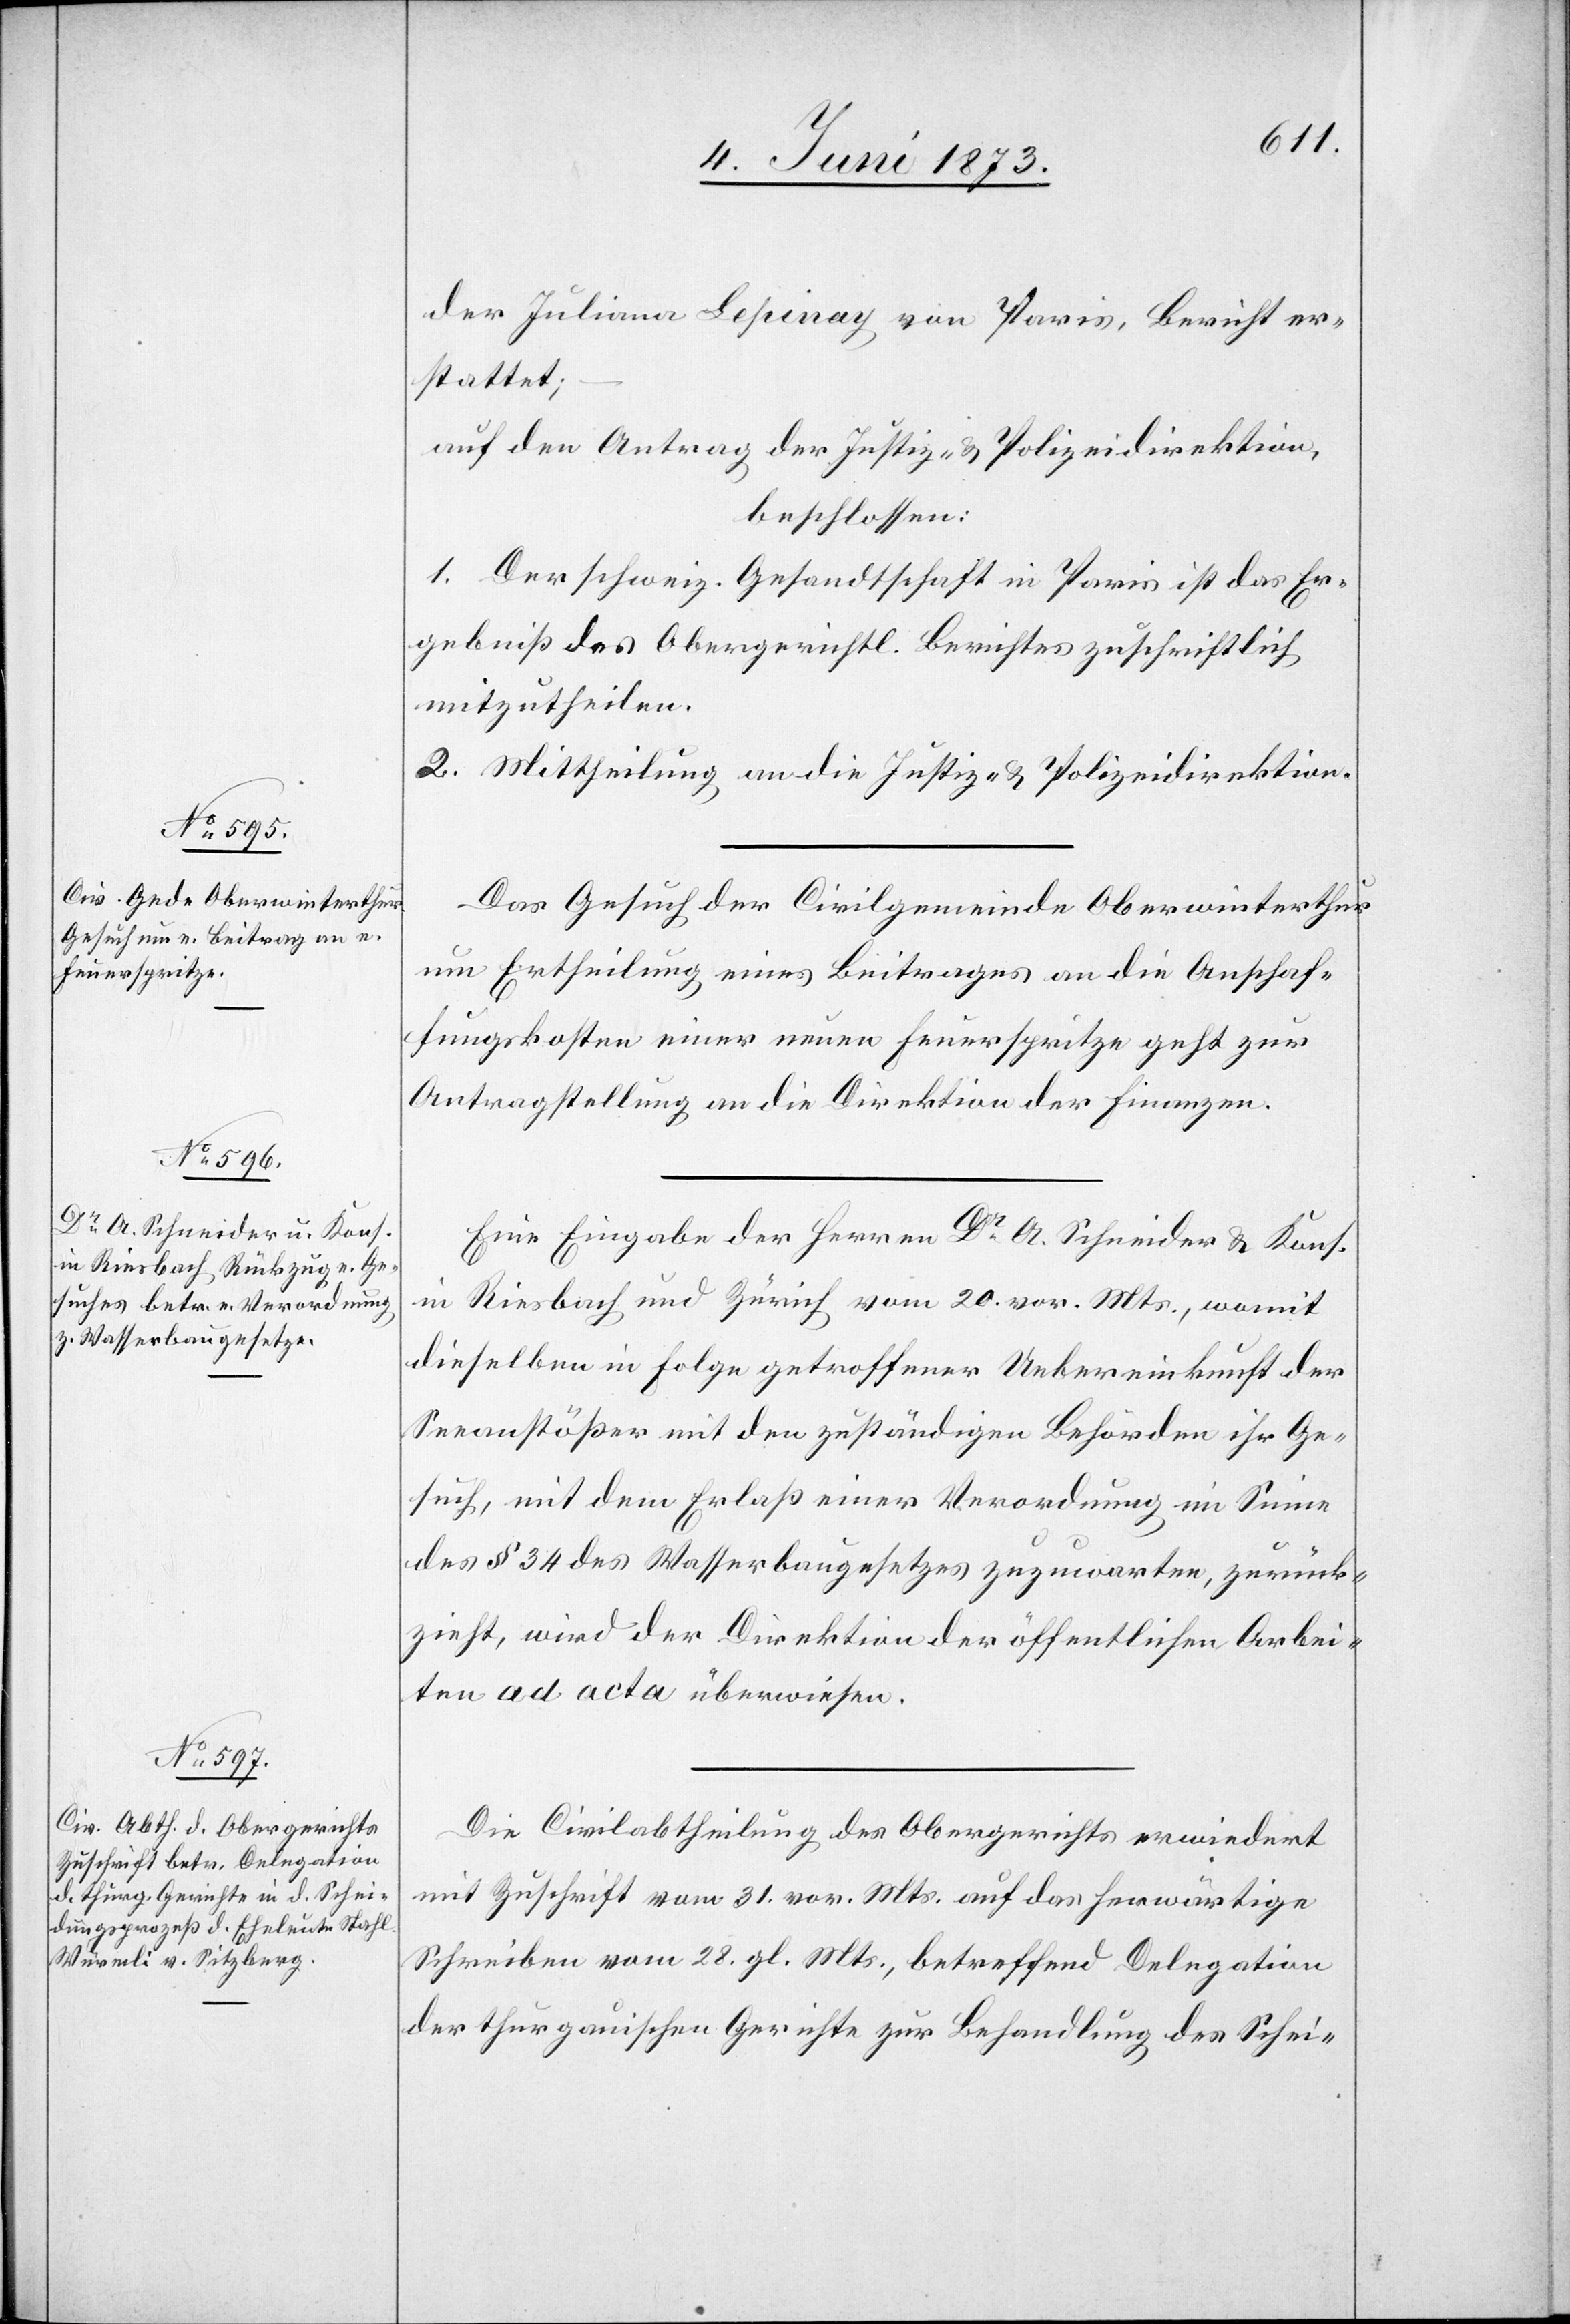
zieht
4. Juni 1873.]
der Juliana Lepinay von Paris, Bericht er¬
stattet;
auf den Antrag der Justiz- & Polizeidirektion,
beschlossen:
1. Der schweiz. Gesandtschaft in Paris ist das Er¬
gebniß des Obergerichtl. Berichtes zuschriftlich
mitzutheilen.
2. Mittheilung an die Justiz- & Polizeidirektion.
Das Gesuch der Civilgemeinde Oberwinterthur
um Ertheilung eines Beitrages an die Anschaf¬
fungskosten einer neuen Feuerspritze geht zur
Antragstellung an die Direktion der Finanzen.
Eine Eingabe der Herren Dr A. Schneider & Kons.
in Riesbach und Zürich vom 20. vor. Mts., womit
dieselben in Folge getroffener Uebereinkunft der
Seeanstößer mit den zuständigen Behörden ihr Ge¬
such, mit dem Erlaß einer Verordnung im Sinne
des § 34 des Wasserbaugesetzes zuzuwarten, zurück¬
[sic!], wird der Direktion der öffentlichen Arbei¬
ten ad acta überwiesen.
Die Civilabtheilung des Obergerichts erwiedert
mit Zuschrift vom 31. vor. Mts. auf das herwärtige
Schreiben vom 28. gl. Mts., betreffend Delegation
der thurgauischen Gerichte zur Behandlung des Schei-